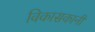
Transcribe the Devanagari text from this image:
विकासकानी